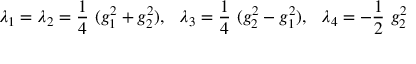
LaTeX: \lambda _ { 1 } = \lambda _ { 2 } = \frac { 1 } { 4 } ~ ( g _ { 1 } ^ { 2 } + g _ { 2 } ^ { 2 } ) , ~ ~ \lambda _ { 3 } = \frac { 1 } { 4 } ~ ( g _ { 2 } ^ { 2 } - g _ { 1 } ^ { 2 } ) , ~ ~ \lambda _ { 4 } = - \frac { 1 } { 2 } ~ g _ { 2 } ^ { 2 }